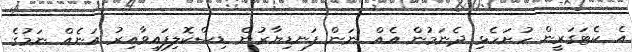
އެ ކެޓަގަރީން ހުށަހެޅި ދެނަމުން އެއް ނަން ފަނޑިޔާރުން ޑިސްކޮލިފައިވާއިރު އަނެއް ނަމުގެ